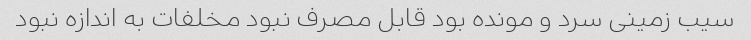
سیب زمینی سرد و مونده بود قابل مصرف نبود مخلفات به اندازه نبود